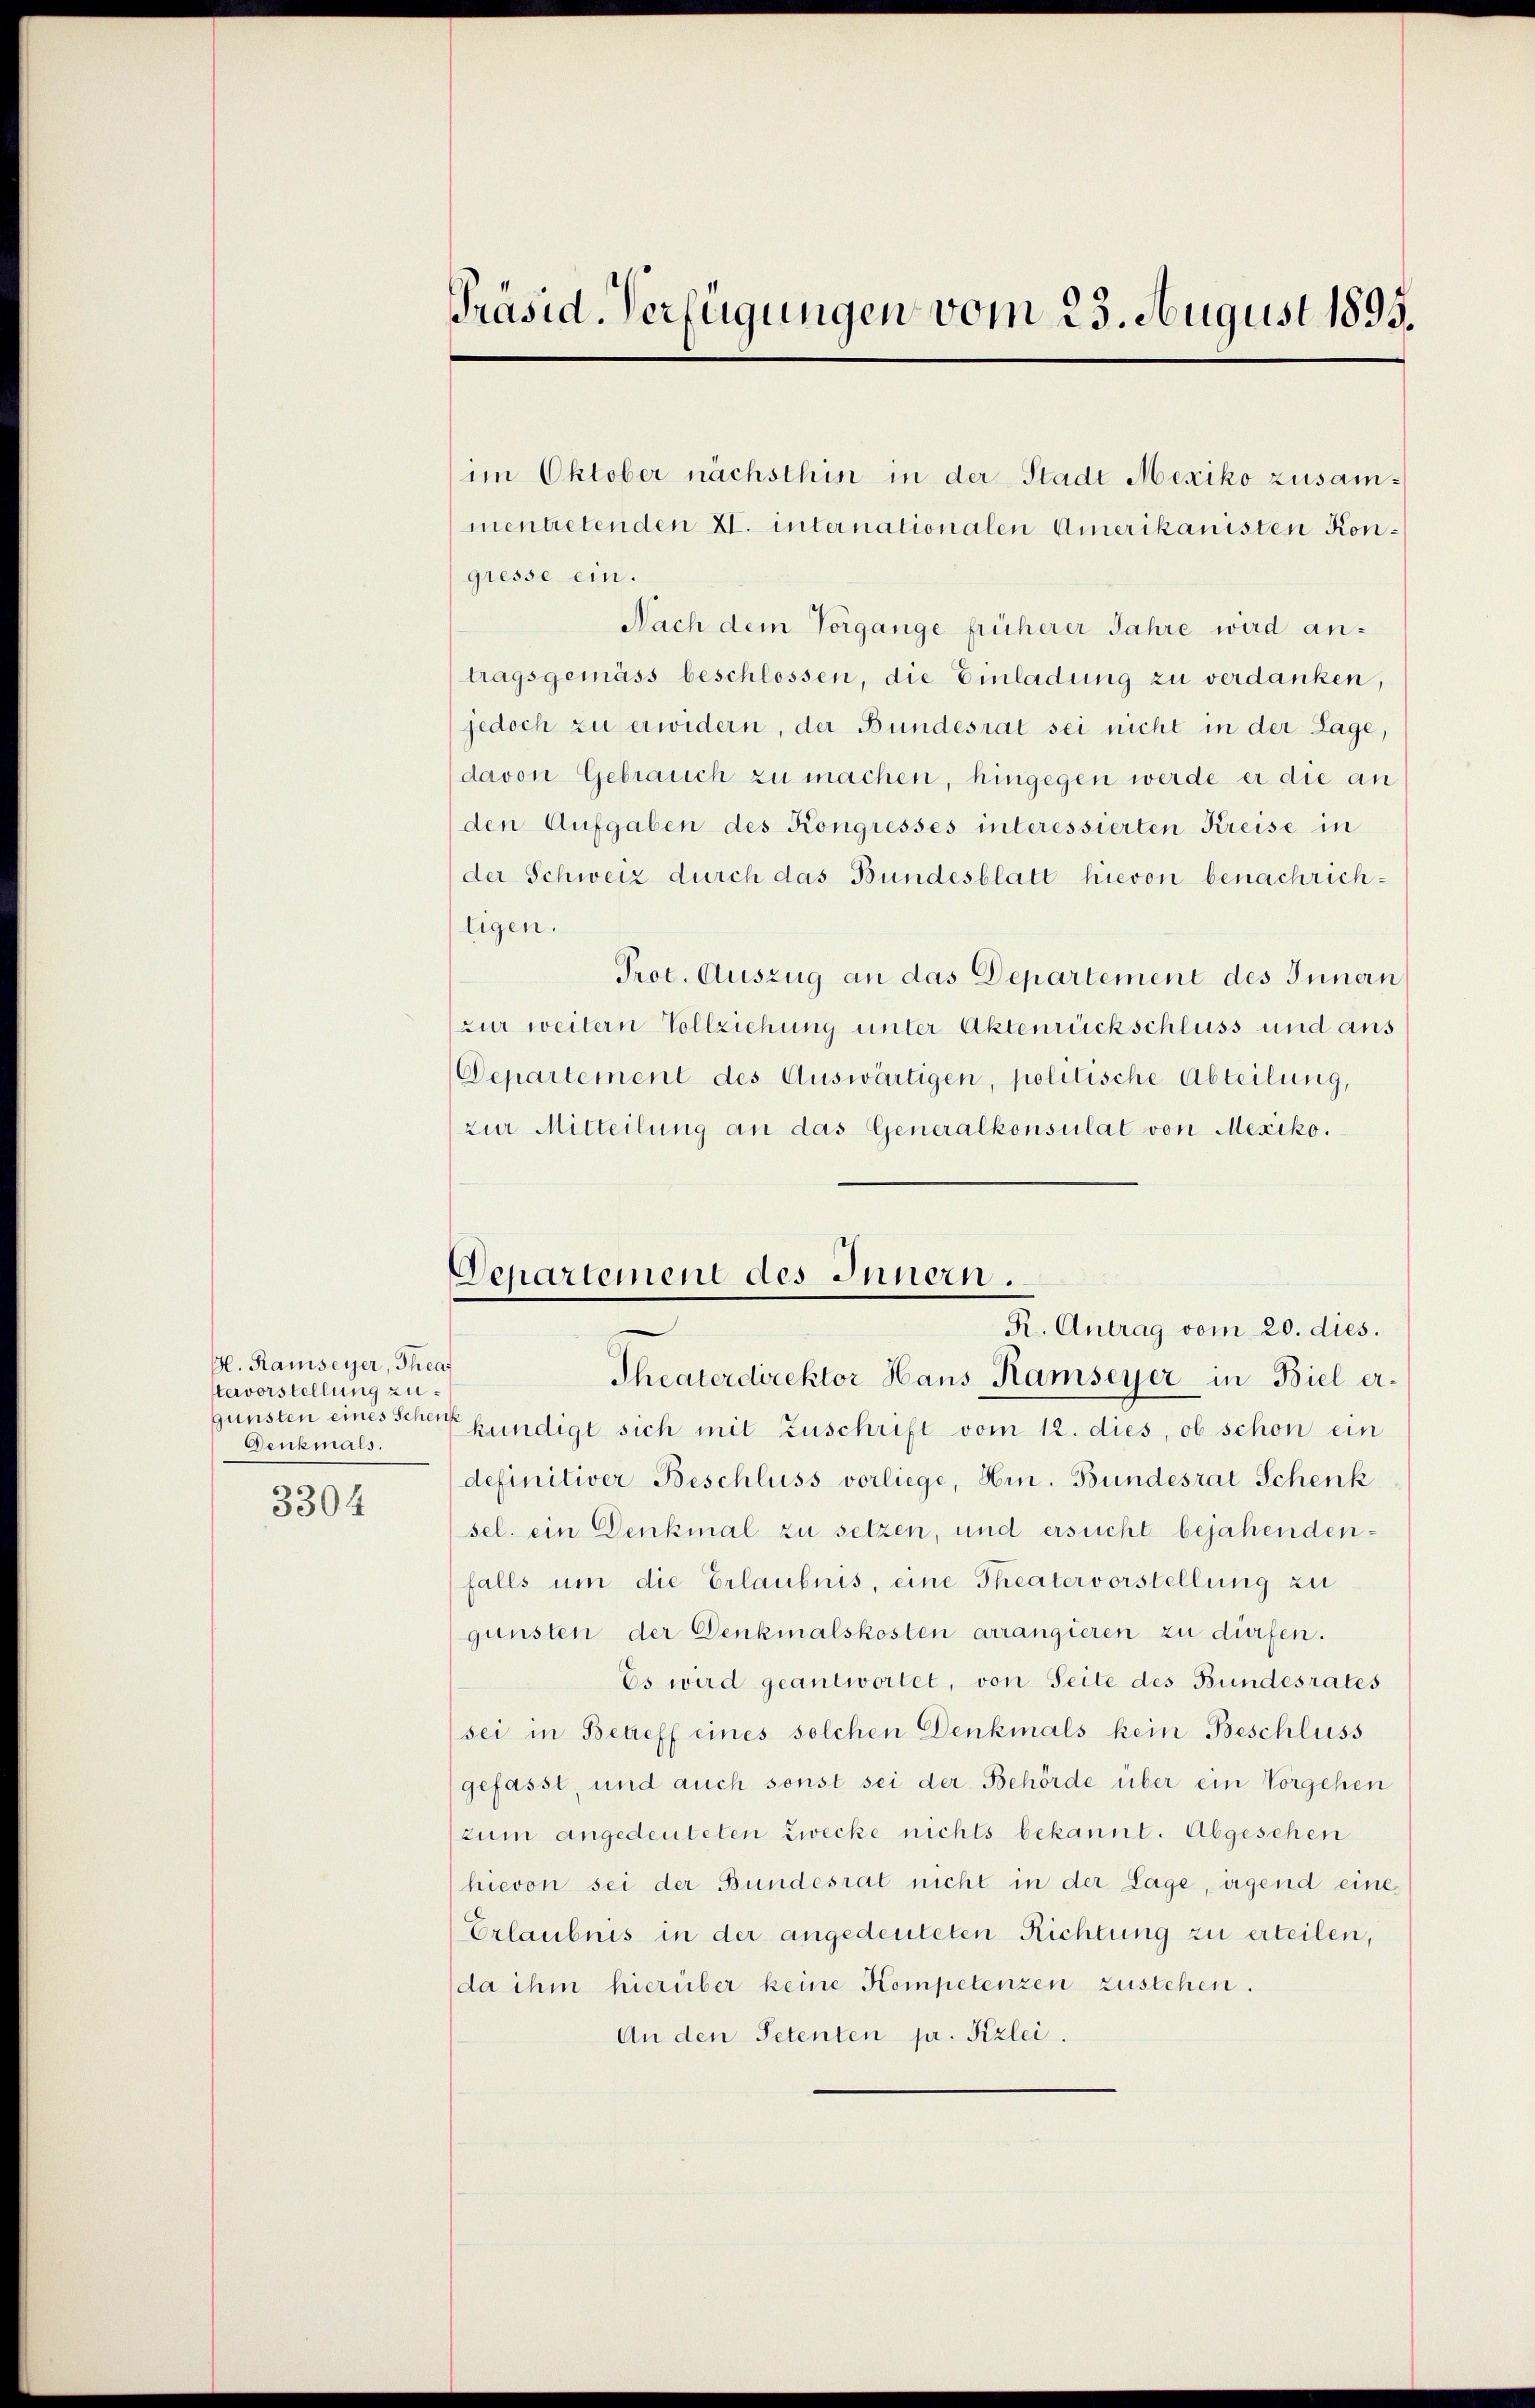
H. Ramseyer, Thea
tervorstellung zu
gunsten eines Schenk
Denkmals.
3304

Präsid. Verfügungen vom 23. August 1895.

im Oktober nächsthin in der Stadt Mexiko zusammentretenden XI. internationalen Amerikanisten Kongresse ein.
Nach dem Vorgange früherer Jahre wird antragsgemäss beschlossen, die Einladung zu verdanken,
jedoch zu erwidern, der Bundesrat sei nicht in der Lage,
(davon Gebrauch zu machen, hingegen werde er die an
den Aufgaben des Kongresses interessierten Kreise in
der Schweiz durch das Bundesblatt hievon benachrichligen.
Prot. Auszug an das Departement des Innern
zur weitern Vollziehung unter Aktenrückschluss und aus
Departement des Auswärtigen, politische Abteilung,
zur Mitteilung an das Generalkonsulat von Mexiko.
Theaterdirektor Haus Ramseyer in Biel erkundigt sich mit Zuschrift vom 12. dies, ob schon ein
definitiver Beschluss vorliege, Hrn. Bundesrat Schenk
sel. ein Denkmal zu setzen, und ersucht bejahendenfalls um die Erlaubnis, eine Theater vorstellung zu
gunsten der Denkmalskosten arrangieren zu dürfen.
Es wird geantwortet, von Seite des Bundesrates
sei in Betreff eines solchen Denkmals kein Beschluss
gefasst, und auch sonst sei der Behörde über ein Vorgehen
zum angedeuteten Zwecke nichts bekannt. Abgesehen
hievon sei der Bundesrat nicht in der Lage, irgend eine
Erlaubnis in der angedeuteten Richtung zu erteilen,
(da ihm hierüber keine Kompetenzen zustehen.
An den Petenten pr. Frzlei.

Departement des Innern.

R. Antrag vom 20. dies.